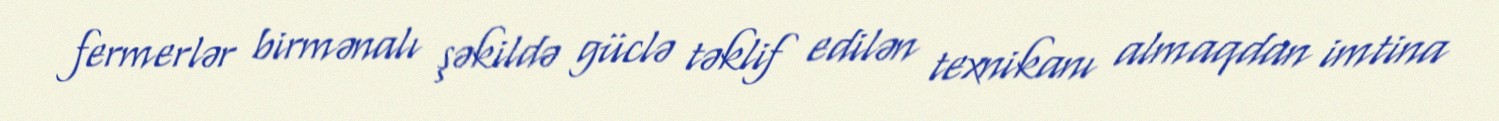
fermerlər birmənalı şəkildə güclə təklif edilən texnikanı almaqdan imtina